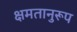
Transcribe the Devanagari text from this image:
क्षमतानुरूप